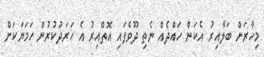
މިހާރަށް ބަލާއިރު އެކަން ހައްދެއް ނެތި ދޫވެފައި އޮތްއިރު އެ ހަރަދުކުރުން ހަމަޔަކަށް